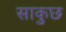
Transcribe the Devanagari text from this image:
साकुछ